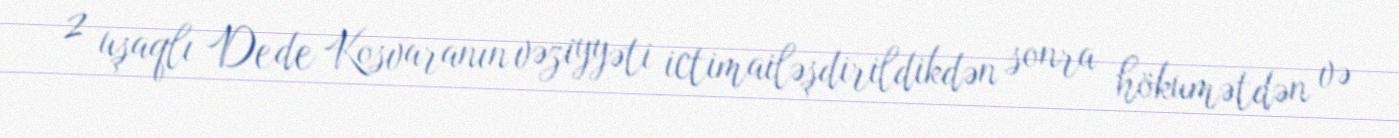
2 uşaqlı Dede Kosvaranın vəziyyəti ictimailəşdirildikdən sonra hökumətdən və